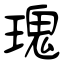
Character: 瑰